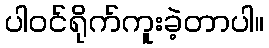
ပါဝင်ရိုက်ကူးခဲ့တာပါ။